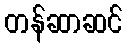
တန်ဆာဆင်